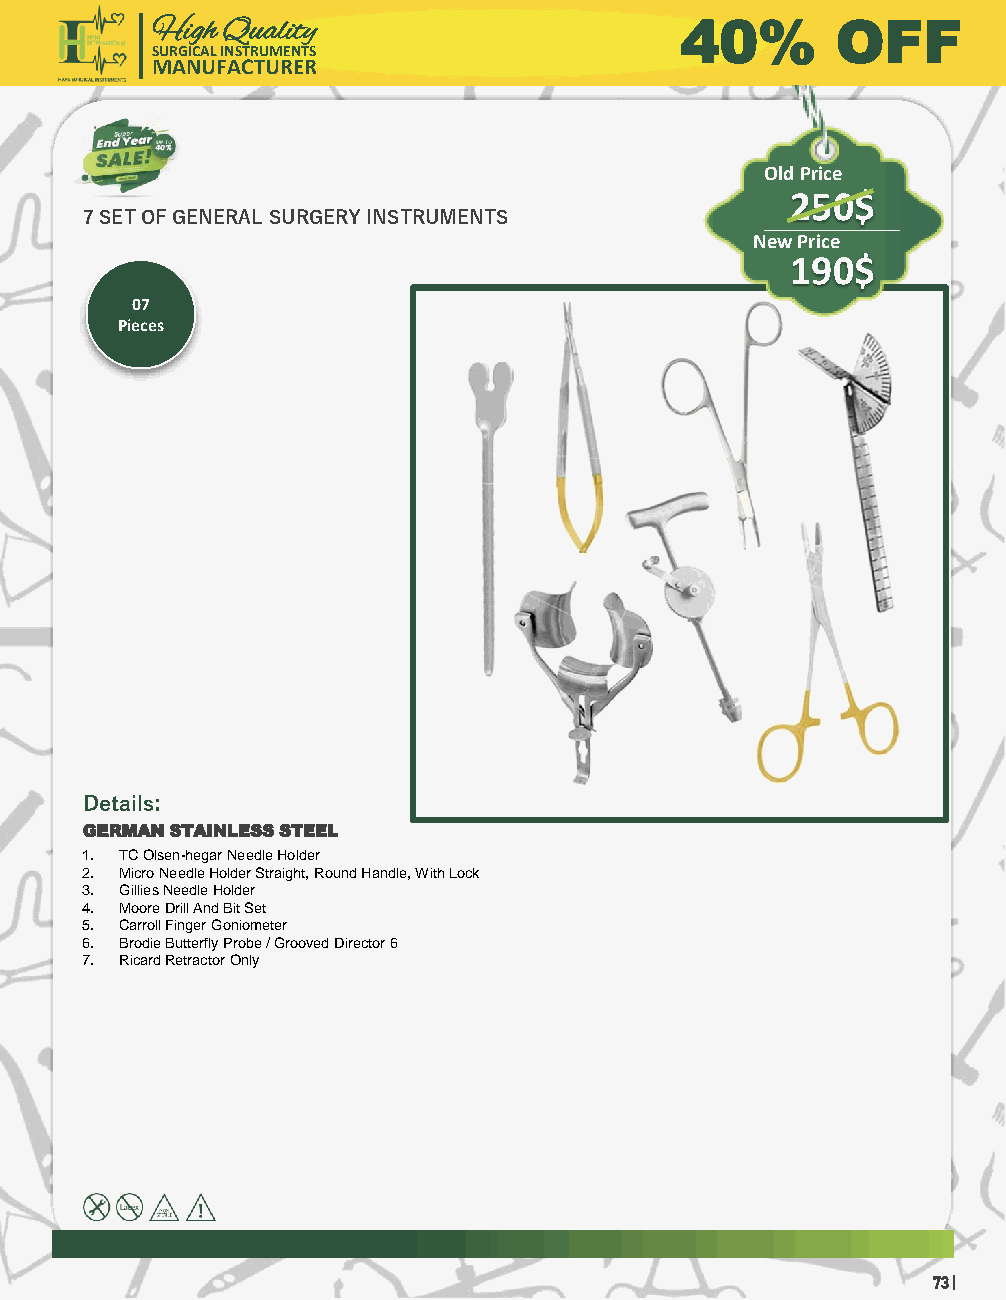
High Quality                       40%       OFF
 SURGICAL INSTRUMENTS
 MANUFACTURER
 Old Price
 250$
 7 SET OF GENERAL SURGERY INSTRUMENTS
 New Price
 190$
 07
 Pieces
 Details:
 GERMAN STAINLESS STEEL
 1. TC Olsen-hegarNeedle Holder
 2. Micro Needle Holder Straight, Round Handle, With Lock
 3. Gillies Needle Holder
 4. Moore Drill And Bit Set
 5. Carroll Finger Goniometer
 6. Brodie Butterfly Probe / Grooved Director 6
 7. Ricard Retractor Only
 73 |